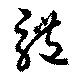
體